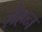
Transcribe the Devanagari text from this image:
ज़ेहन